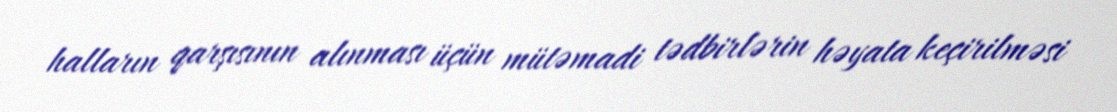
halların qarşısının alınması üçün mütəmadi tədbirlərin həyata keçirilməsi